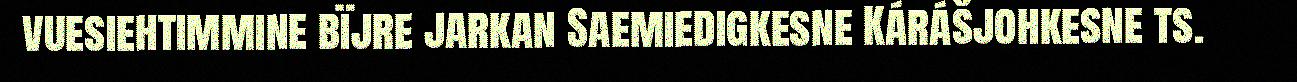
vuesiehtimmine bïjre jarkan Saemiedigkesne Kárášjohkesne ts.